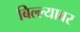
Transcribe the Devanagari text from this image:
बिल्ल्यावर